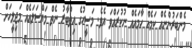
މެންބަރުންނެއް ކަމެއް ހާމައެއް ނުކުރައްވަ އެވެ. މަސީހުގެ އިތުބާރު ނެތް މައްސަލައެއް މަޖިލީހަށް